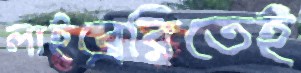
লাইব্রেরিতেই